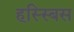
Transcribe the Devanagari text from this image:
हस्स्बिस